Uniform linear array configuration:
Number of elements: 4
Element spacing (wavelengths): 1
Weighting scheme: exponential
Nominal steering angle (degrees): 0
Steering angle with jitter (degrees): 0.4879
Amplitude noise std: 0.05
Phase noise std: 0.05

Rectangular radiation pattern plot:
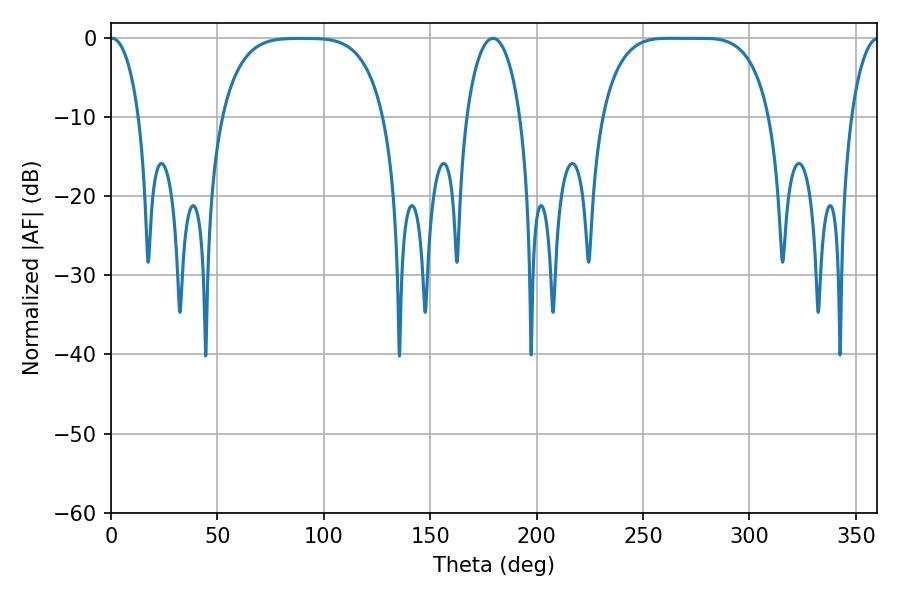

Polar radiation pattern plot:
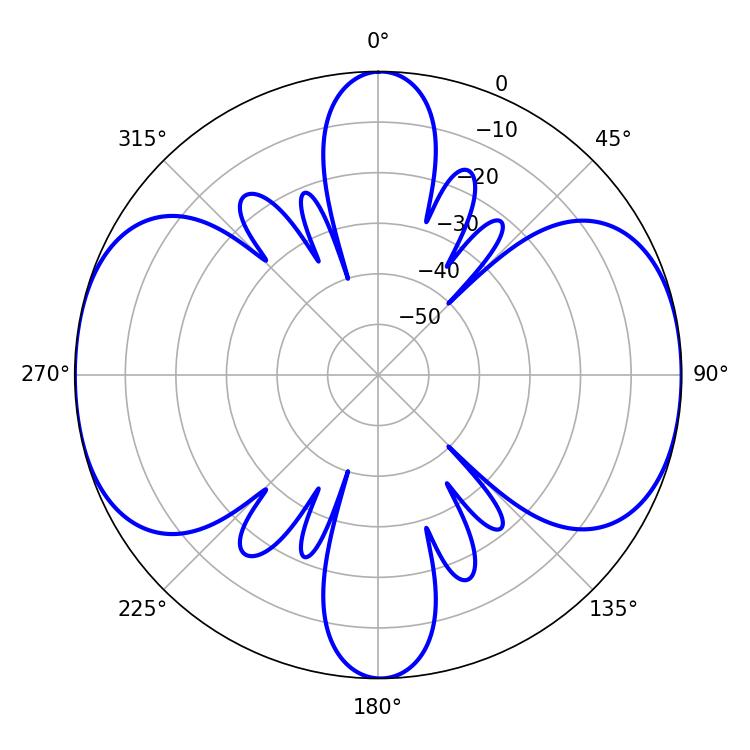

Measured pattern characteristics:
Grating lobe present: TRUE
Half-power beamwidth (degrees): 60.12
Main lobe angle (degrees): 262.44